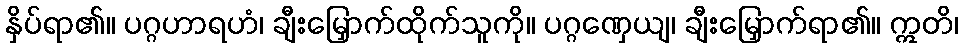
နှိပ်ရာ၏။ ပဂ္ဂဟာရဟံ၊ ချီးမြှောက်ထိုက်သူကို။ ပဂ္ဂဏှေယျ၊ ချီးမြှောက်ရာ၏။ ဣတိ၊